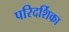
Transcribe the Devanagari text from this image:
परिदर्शिका